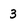
Character: 3